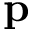
\mathbf { p }